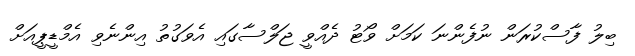
ބިލު ފާސްކުރަން ނުފެންނަ ކަމަށް ވޯޓު ދެއްވީ ޖަލްސާގައި އެވަގުތު އިންނެވި އެމްޑީޕީއަށް